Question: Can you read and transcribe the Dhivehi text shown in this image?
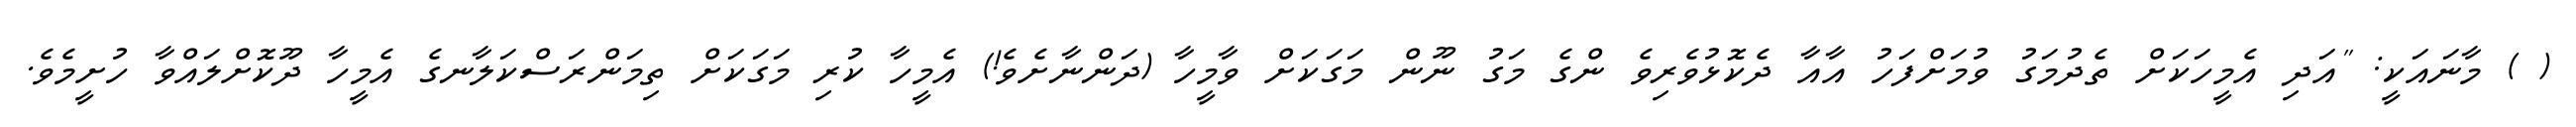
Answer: ( ) މާނައަކީ: "އަދި އެމީހަކަށް ތެދުމަގު ވުމަށްފަހު އާއާ ދެކޮޅުވެރިވެ ންގެ މަގު ނޫން މަގަކަށް ވާމީހާ (ދަންނާށެވެ!) އެމީހާ ކުރި މަގަކަށް ތިމަންރަސްކަލާނގެ އެމީހާ ދޫކޮށްލައްވާ ހުށީމެވެ.